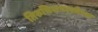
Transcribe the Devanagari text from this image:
तिरुचिरापल्लीच्या